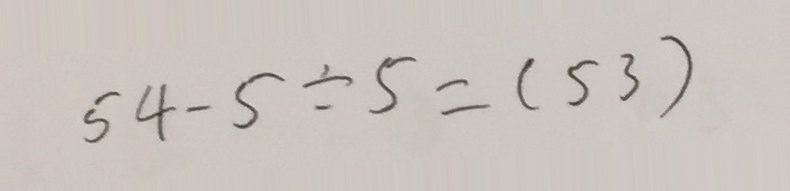
5 4 - 5 \div 5 = ( 5 3 )